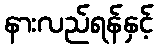
နားလည်ရန်နှင့်